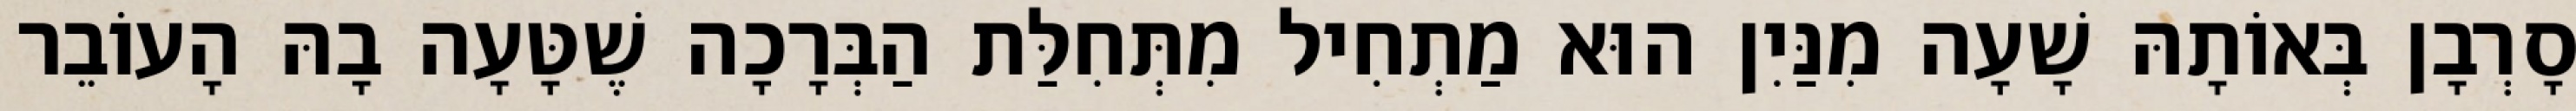
סָרְבָן בְּאוֹתָהּ שָׁעָה מִנַּיִן הוּא מַתְחִיל מִתְּחִלַּת הַבְּרָכָה שֶׁטָּעָה בָהּ הָעוֹבֵר